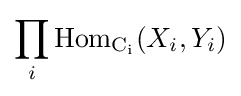
\prod _{i}\operatorname {Hom} _{\operatorname {C_{i}} }(X_{i},Y_{i})